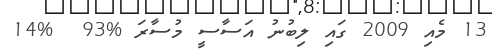
13 މެއި 2009 ގައި ލިބުނު އަސާސީ މުސާރަ %93  %14